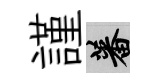
謹蕃